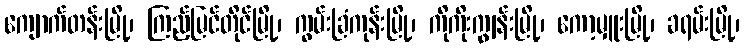
ကျောက်တန်းမြို့၊ ကြည့်မြင်တိုင်မြို့၊ ကွမ်းခြံကုန်းမြို့၊ ကိုကိုးကျွန်းမြို့၊ ကော့မှူးမြို့၊ ခရမ်းမြို့၊